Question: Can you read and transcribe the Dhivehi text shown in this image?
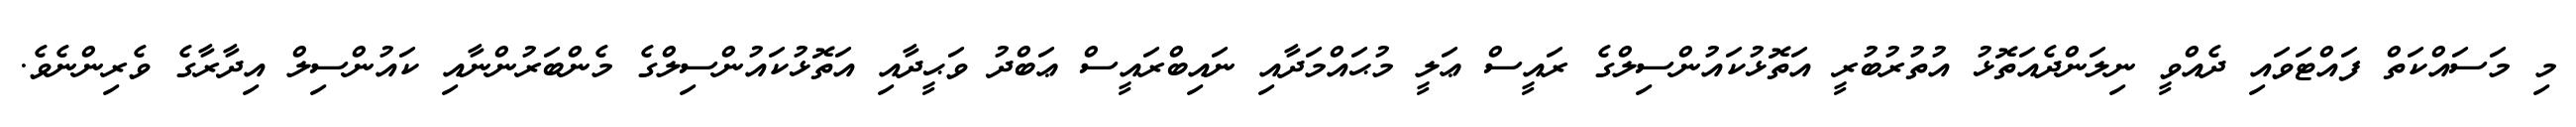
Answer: މި މަސައްކަތް ފައްޓަވައި ދެއްވީ ނިލަންދެއަތޮޅު އުތުރުބުރީ އަތޮޅުކައުންސިލްގެ ރައީސް ޢަލީ މުޙައްމަދާއި ނައިބްރައީސް ޢަބްދު ވަޙީދާއި އަތޮޅުކައުންސިލްގެ މެންބަރުންނާއި ކައުންސިލް އިދާރާގެ ވެރިންނެވެ.